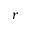
r